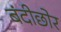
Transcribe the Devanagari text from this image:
बंदीछोर